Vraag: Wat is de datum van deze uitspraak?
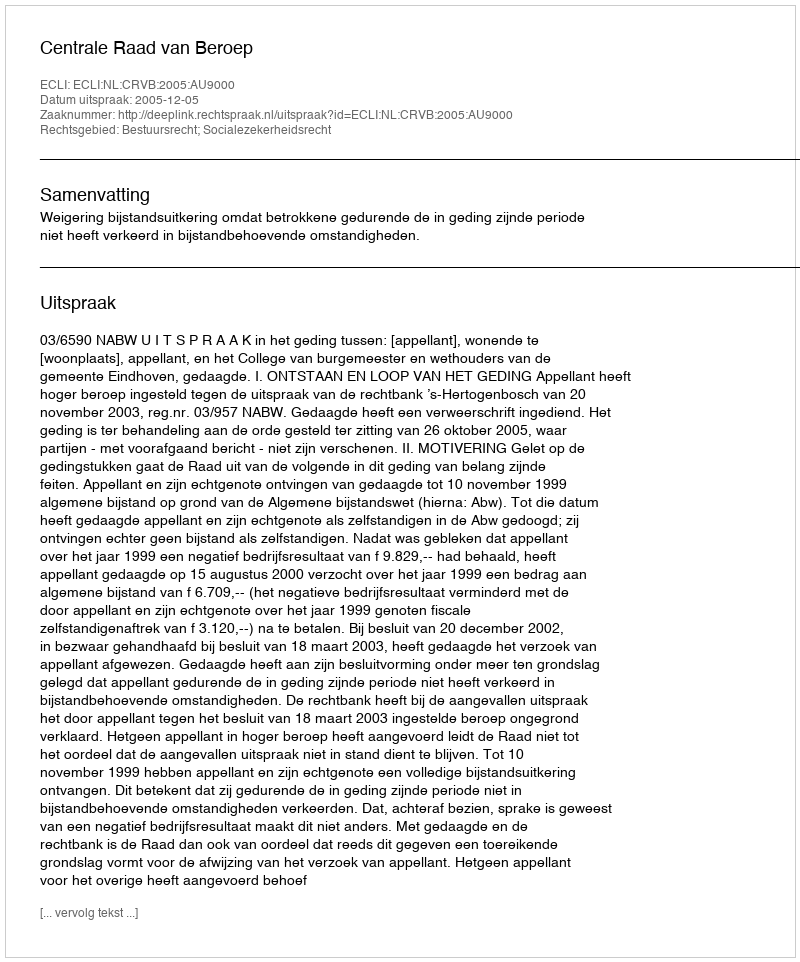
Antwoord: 2005-12-05